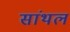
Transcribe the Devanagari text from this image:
सांथल